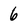
Character: 6